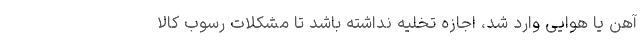
آهن یا هوایی وارد شد، اجازه تخلیه نداشته باشد تا مشکلات رسوب کالا